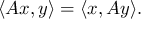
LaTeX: \langle A x , y \rangle = \langle x , A y \rangle .